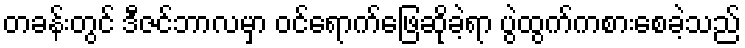
တခန်းတွင် ဒီဇင်ဘာလမှာ ဝင်ရောက်ဖြေဆိုခဲ့ရာ ပွဲထွက်ကစားစေခဲ့သည်